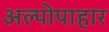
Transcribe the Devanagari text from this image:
अल्पोपाहार